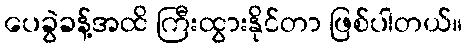
ပေခွဲခန့်အထိ ကြီးထွားနိုင်တာ ဖြစ်ပါတယ်။